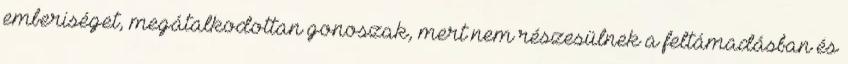
emberiséget, megátalkodottan gonoszak, mert nem részesülnek a feltámadásban és